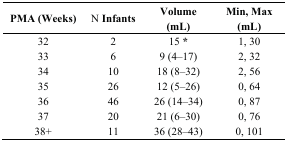
| PMA (Weeks) | N Infants | Volume (mL) | Min, Max (mL) |
 | --- | --- | --- | --- |
 | 32 | 2 | 15 * | 1, 30 |
 | 33 | 6 | 9 (4–17) | 2, 32 |
 | 34 | 10 | 18 (8–32) | 2, 56 |
 | 35 | 26 | 12 (5–26) | 0, 64 |
 | 36 | 46 | 26 (14–34) | 0, 87 |
 | 37 | 20 | 21 (6–30) | 0, 76 |
 | 38+ | 11 | 36 (28–43) | 0, 101 |